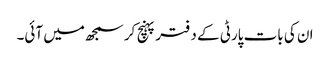
ان کی بات پارٹی کے دفتر پہنچ کر سمجھ میں آئی۔